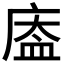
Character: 𱝆